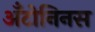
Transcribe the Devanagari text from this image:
अँटोनिनस